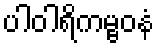
ပါဝါရိကမ္ဗဝနံ